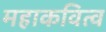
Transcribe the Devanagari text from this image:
महाकवित्व